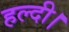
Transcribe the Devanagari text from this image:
हल्दी।